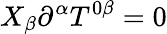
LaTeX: X_{\beta}\partial^{\alpha}T^{0\beta}=0